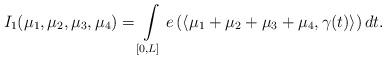
LaTeX: \begin{align*} I_{1}(\mu_{1},\mu_{2},\mu_{3},\mu_{4}) =\int\limits_{[0,L]} e\left(\left\langle\mu_{1}+\mu_{2}+\mu_{3}+\mu_{4}, \gamma(t)\right\rangle \right)dt.\end{align*}